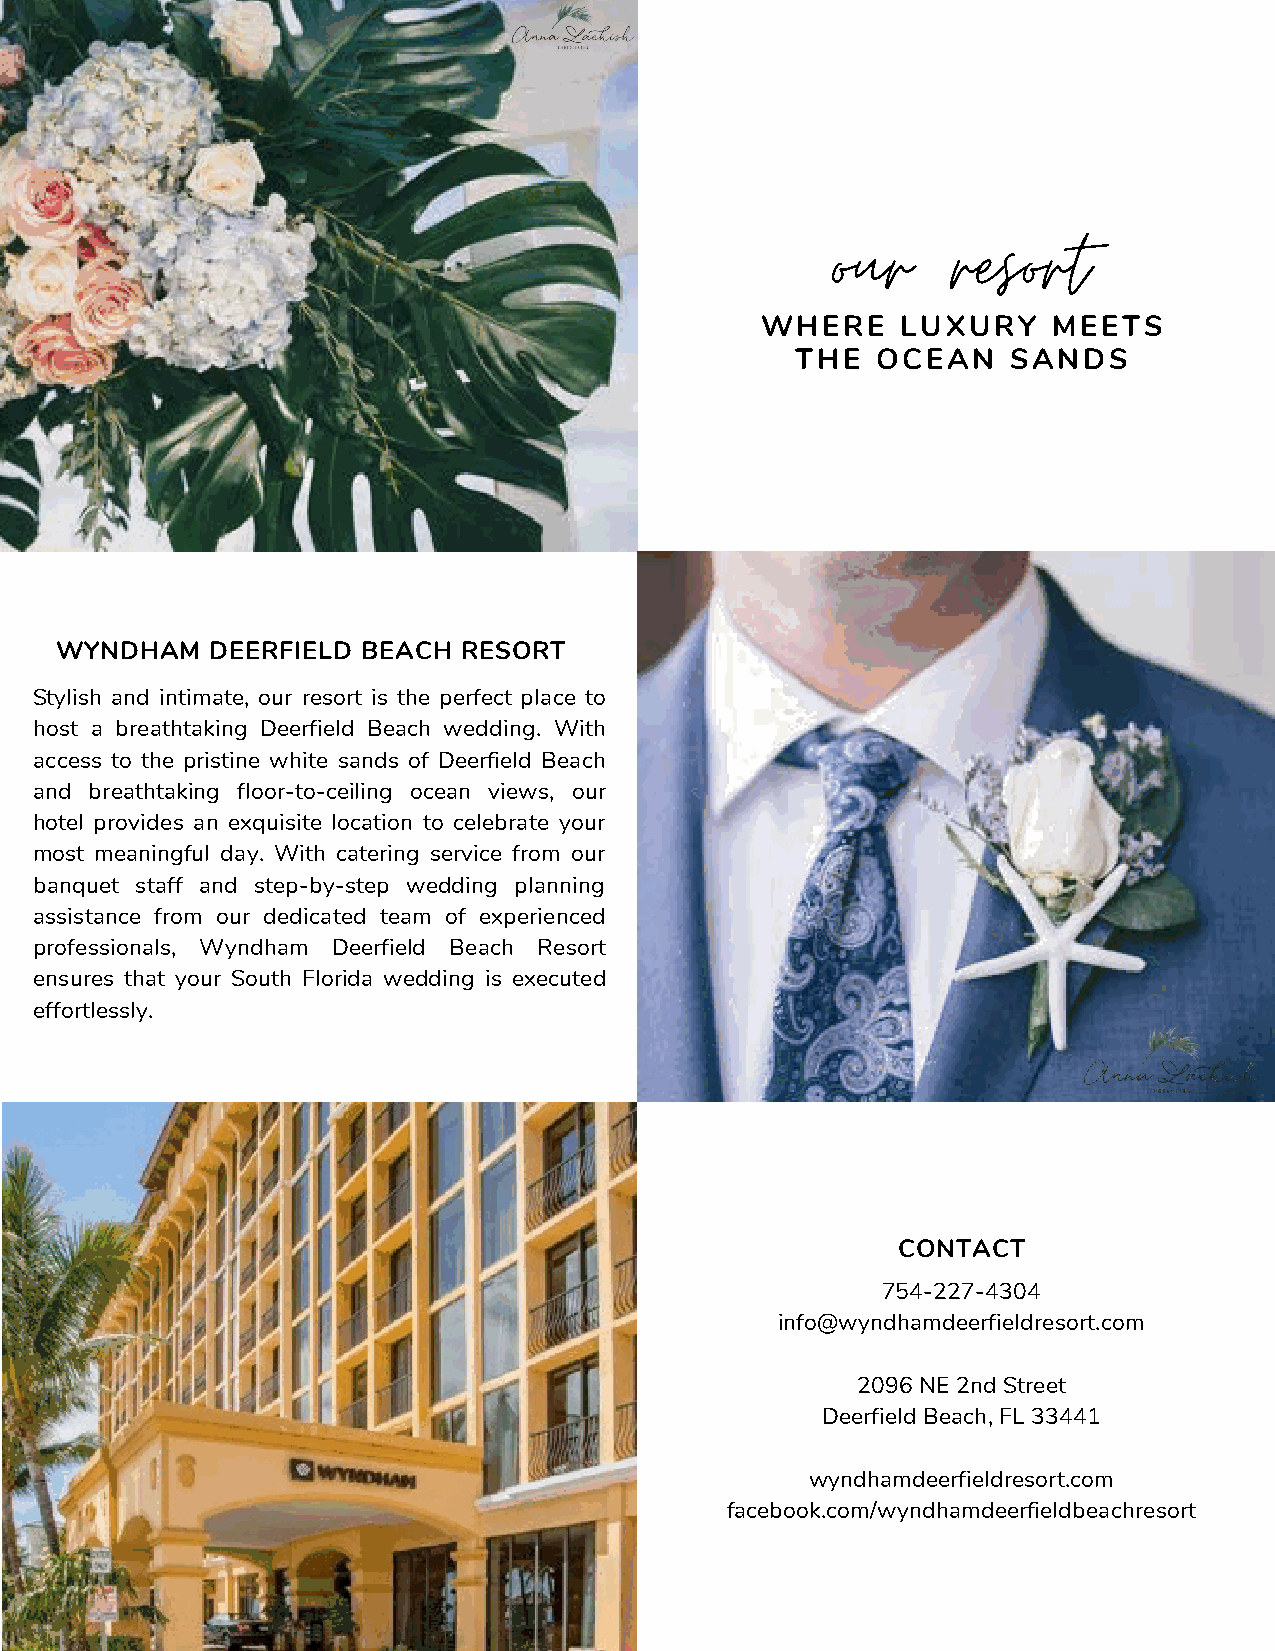
our     resort
 WHERE     LUXURY    MEETS
 THE  OCEAN    SANDS
 WYNDHAM   DEERFIELD BEACH RESORT
 Stylish and intimate, our resort is the perfect place to
 host a breathtaking Deerfield Beach wedding. With
 access to the pristine white sands of Deerfield Beach
 and breathtaking floor-to-ceiling ocean views, our
 hotel provides an exquisite location to celebrate your
 most meaningful day. With catering service from our
 banquet staff and step-by-step wedding planning
 assistance from our dedicated team of experienced
 professionals, Wyndham Deerfield Beach Resort
 ensures that your South Florida wedding is executed
 effortlessly.
 CONTACT
 754-227-4304
 info@wyndhamdeerfieldresort.com
 2096 NE 2nd Street
 Deerfield Beach, FL 33441
 wyndhamdeerfieldresort.com
 facebook.com/wyndhamdeerfieldbeachresort